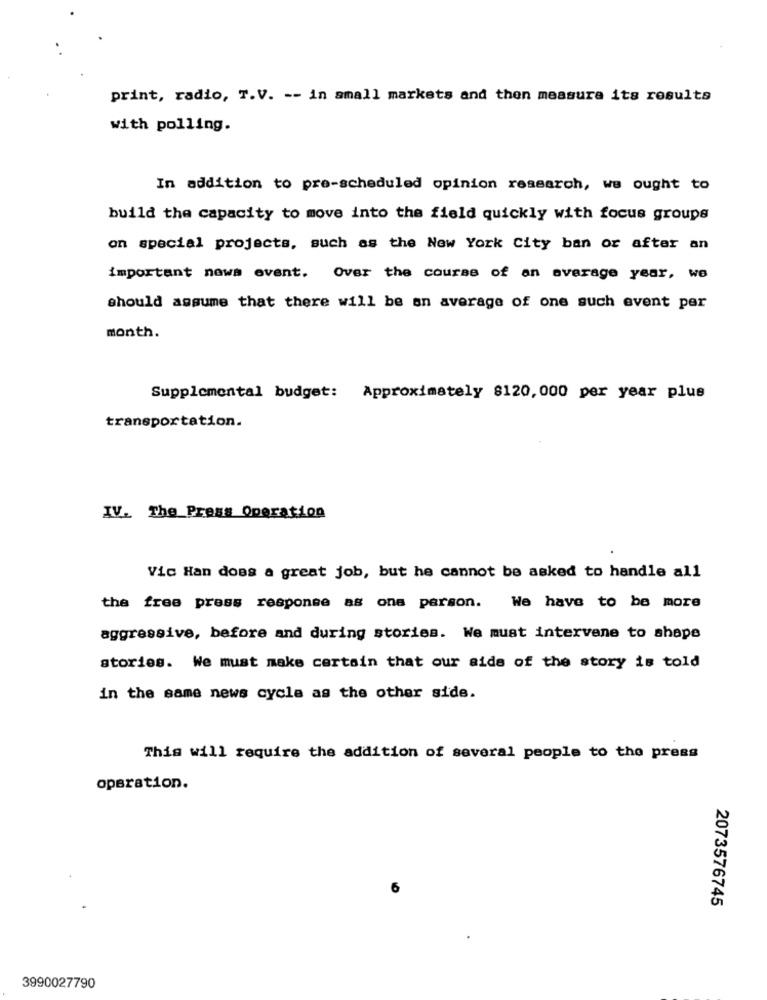
print, radio, T.V. -- in small markets and then measure its results
with polling.
In addition to pre-scheduled opinion research, we ought to
build the capacity to move into the field quickly with focus groups
on special projects, such as the New York City ban or after an
important news event. Over the course of an average year, we
should assume that there will be an average of one such event per
month.
Supplemental budget: Approximately 8120,000 per year plus
transportation.
IV. The Press Operation
Vic Han does a great job, but he cannot be asked to handle all
the free press response as one person. We have to be more
aggressive, before and during stories. We must intervene to shape
stories. We must make certain that our side of the story is told
in the same news cycle as the other side.
This will require the addition of several people to the press
operation.
2073576745
3990027790